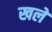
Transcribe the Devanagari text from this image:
खले